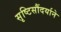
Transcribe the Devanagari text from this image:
सृष्टिसौंदर्याने